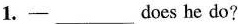
1. 一___does he do?